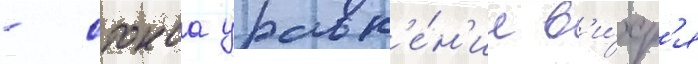
- стокса уравн'е́н'ие в'и́хр'я